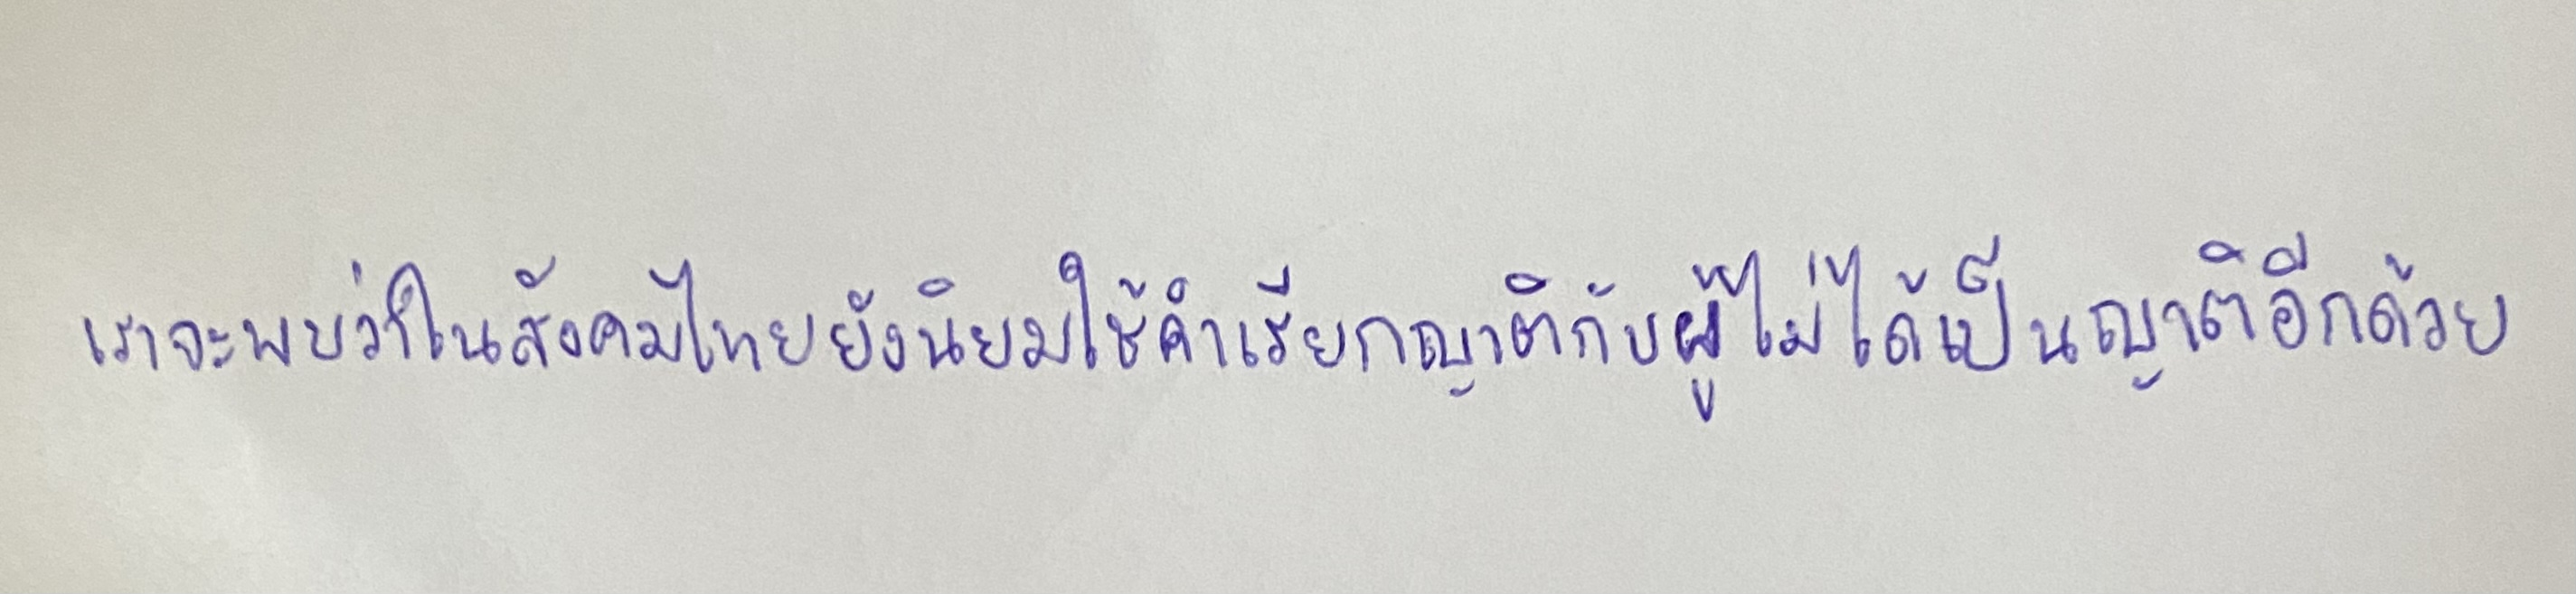
เราจะพบว่าในสังคมไทยยังนิยมใช้คำเรียกญาติกับผู้ไม่ได้เป็นญาติอีกด้วย